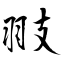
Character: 翄